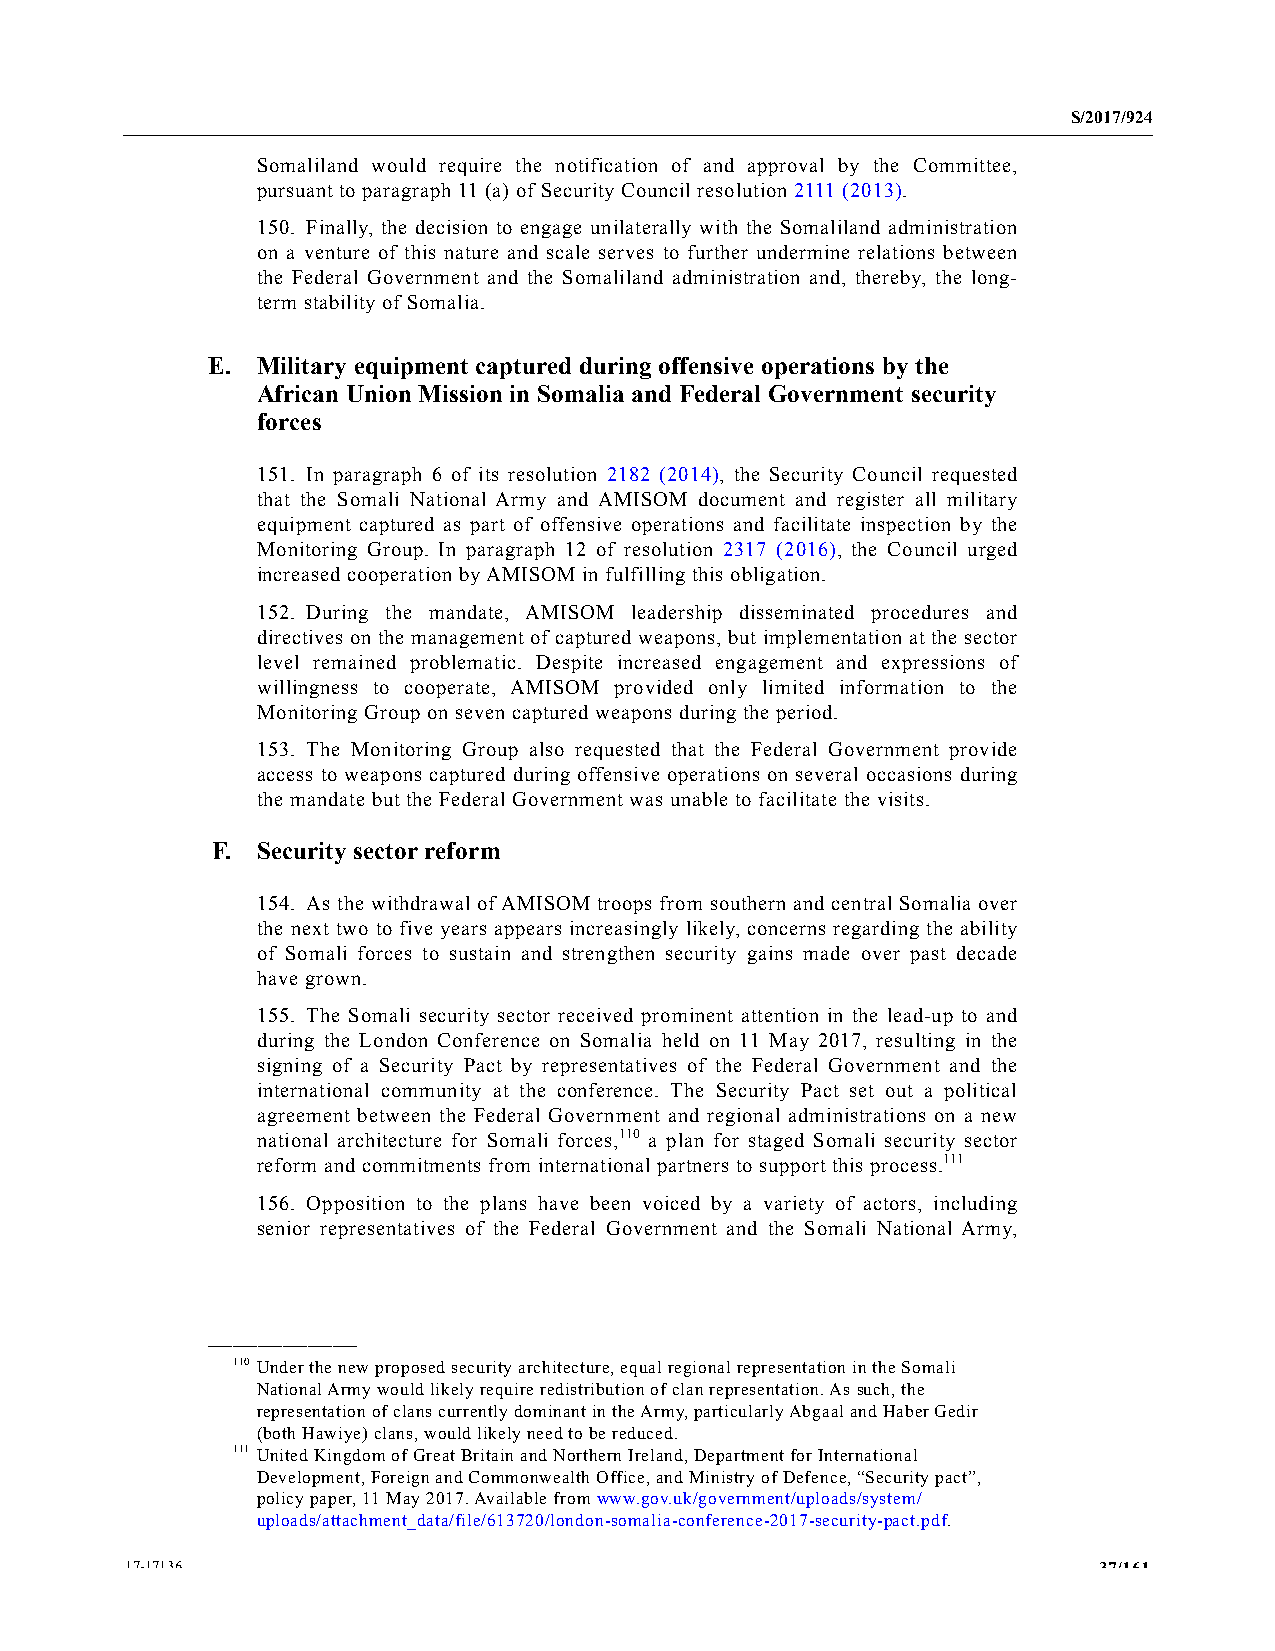
S/2017/924
 Somaliland would require the notification of and approval by the Committee,
 pursuant to paragraph 11 (a) of Security Council resolution 2111 (2013).
 150. Finally, the decision to engage unilaterally with the Somaliland administration
 on a venture of this nature and scale serves to further undermine relations between
 the Federal Government and the Somaliland administration and, thereby, the long-
 term stability of Somalia.
 E. Military equipment captured during offensive operations by the
 African Union Mission in Somalia and Federal Government security
 forces
 151. In paragraph 6 of its resolution 2182 (2014), the Security Council requested
 that the Somali National Army and AMISOM document and register all military
 equipment captured as part of offensive operations and facilitate inspection by the
 Monitoring Group. In paragraph 12 of resolution 2317 (2016), the Council urged
 increased cooperation by AMISOM in fulfilling this obligation.
 152. During the mandate, AMISOM leadership disseminated procedures and
 directives on the management of captured weapons, but implementation at the sector
 level remained problematic. Despite increased engagement and expressions of
 willingness to cooperate, AMISOM provided only limited information to the
 Monitoring Group on seven captured weapons during the period.
 153. The Monitoring Group also requested that the Federal Government provide
 access to weapons captured during offensive operations on several occasions during
 the mandate but the Federal Government was unable to facilitate the visits.
 F. Security sector reform
 154. As the withdrawal of AMISOM troops from southern and central Somalia over
 the next two to five years appears increasingly likely, concerns regarding the ability
 of Somali forces to sustain and strengthen security gains made over past decade
 have grown.
 155. The Somali security sector received prominent attention in the lead-up to and
 during the London Conference on Somalia held on 11 May 2017, resulting in the
 signing of a Security Pact by representatives of the Federal Government and the
 international community at the conference. The Security Pact set out a political
 agreement between the Federal Government and regional administrations on a new
 national architecture for Somali forces,110 a plan for staged Somali security sector
 reform and commitments from international partners to support this process.111
 156. Opposition to the plans have been voiced by a variety of actors, including
 senior representatives of the Federal Government and the Somali National Army,
 __________________
 110 Under the new proposed security architecture, equal regional representation in the Somali
 National Army would likely require redistribution of clan representation. As such, the
 representation of clans currently dominant in the Army, particularly Abgaal and Haber Gedir
 (both Hawiye) clans, would likely need to be reduced.
 111 United Kingdom of Great Britain and Northern Ireland, Department for International
 Development, Foreign and Commonwealth Office, and Ministry of Defence, “Security pact”,
 policy paper, 11 May 2017. Available from www.gov.uk/government/uploads/system/
 uploads/attachment_data/file/613720/london-somalia-conference-2017-security-pact.pdf.
 17-17136                                                         37/161